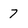
Character: 7